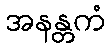
အနန္တကံ